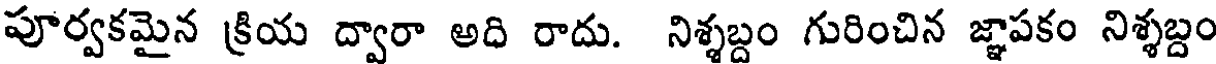
పూర్వకమైన క్రియ ద్వారా అది రాదు. నిశ్శబ్దం గురించిన జ్ఞాపకం నిశ్శబ్దం